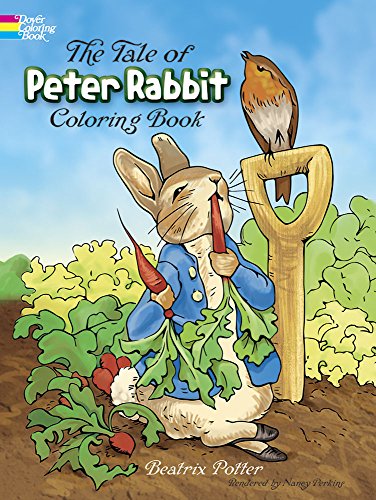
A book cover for The Tale of Peter Rabbit Coloring Book (Dover Classic Stories Coloring Book); Beatrix Potter; Children's Books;